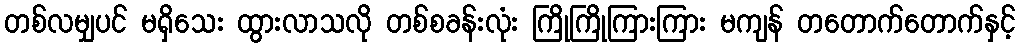
တစ်လမျှပင် မရှိသေး ထွားလာသလို တစ်စခန်းလုံး ကြိုကြိုကြားကြား မကျန် တတောက်တောက်နှင့်